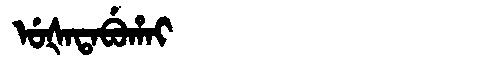
Manchu: ᡠᡧᠠᡨᠠᠪᡠᡥᠠᡳ
Romanization: UŠATABUHAI